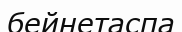
бейнетаспа